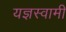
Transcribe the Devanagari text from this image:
यज्ञस्वामी